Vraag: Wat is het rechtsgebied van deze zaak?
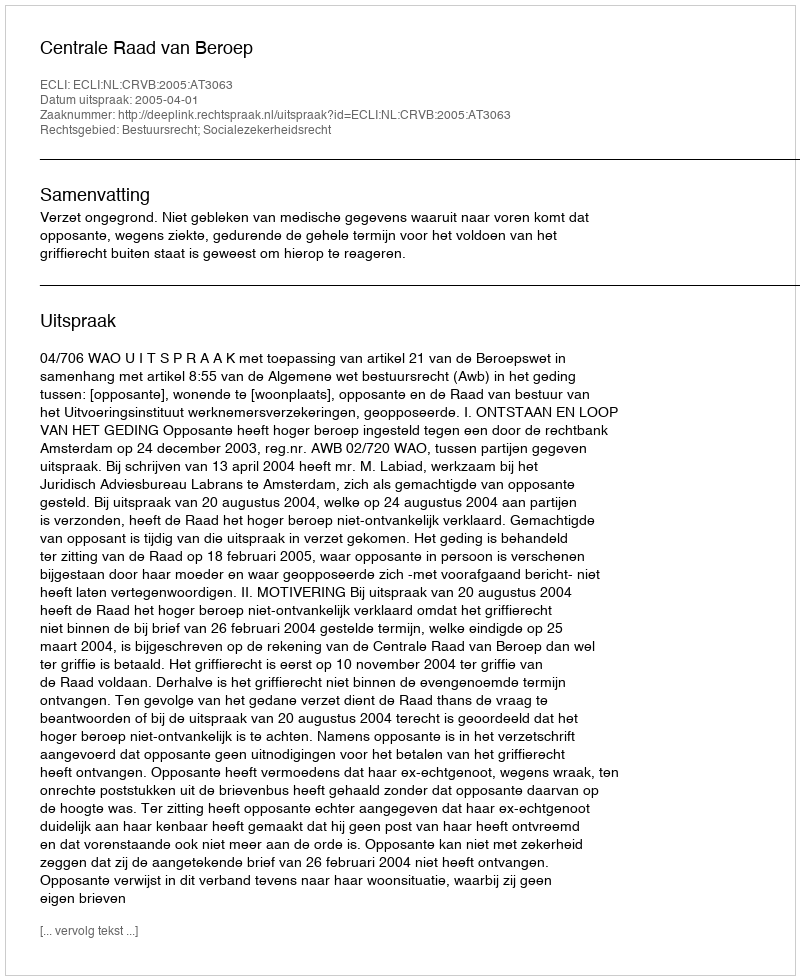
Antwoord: Bestuursrecht; Socialezekerheidsrecht